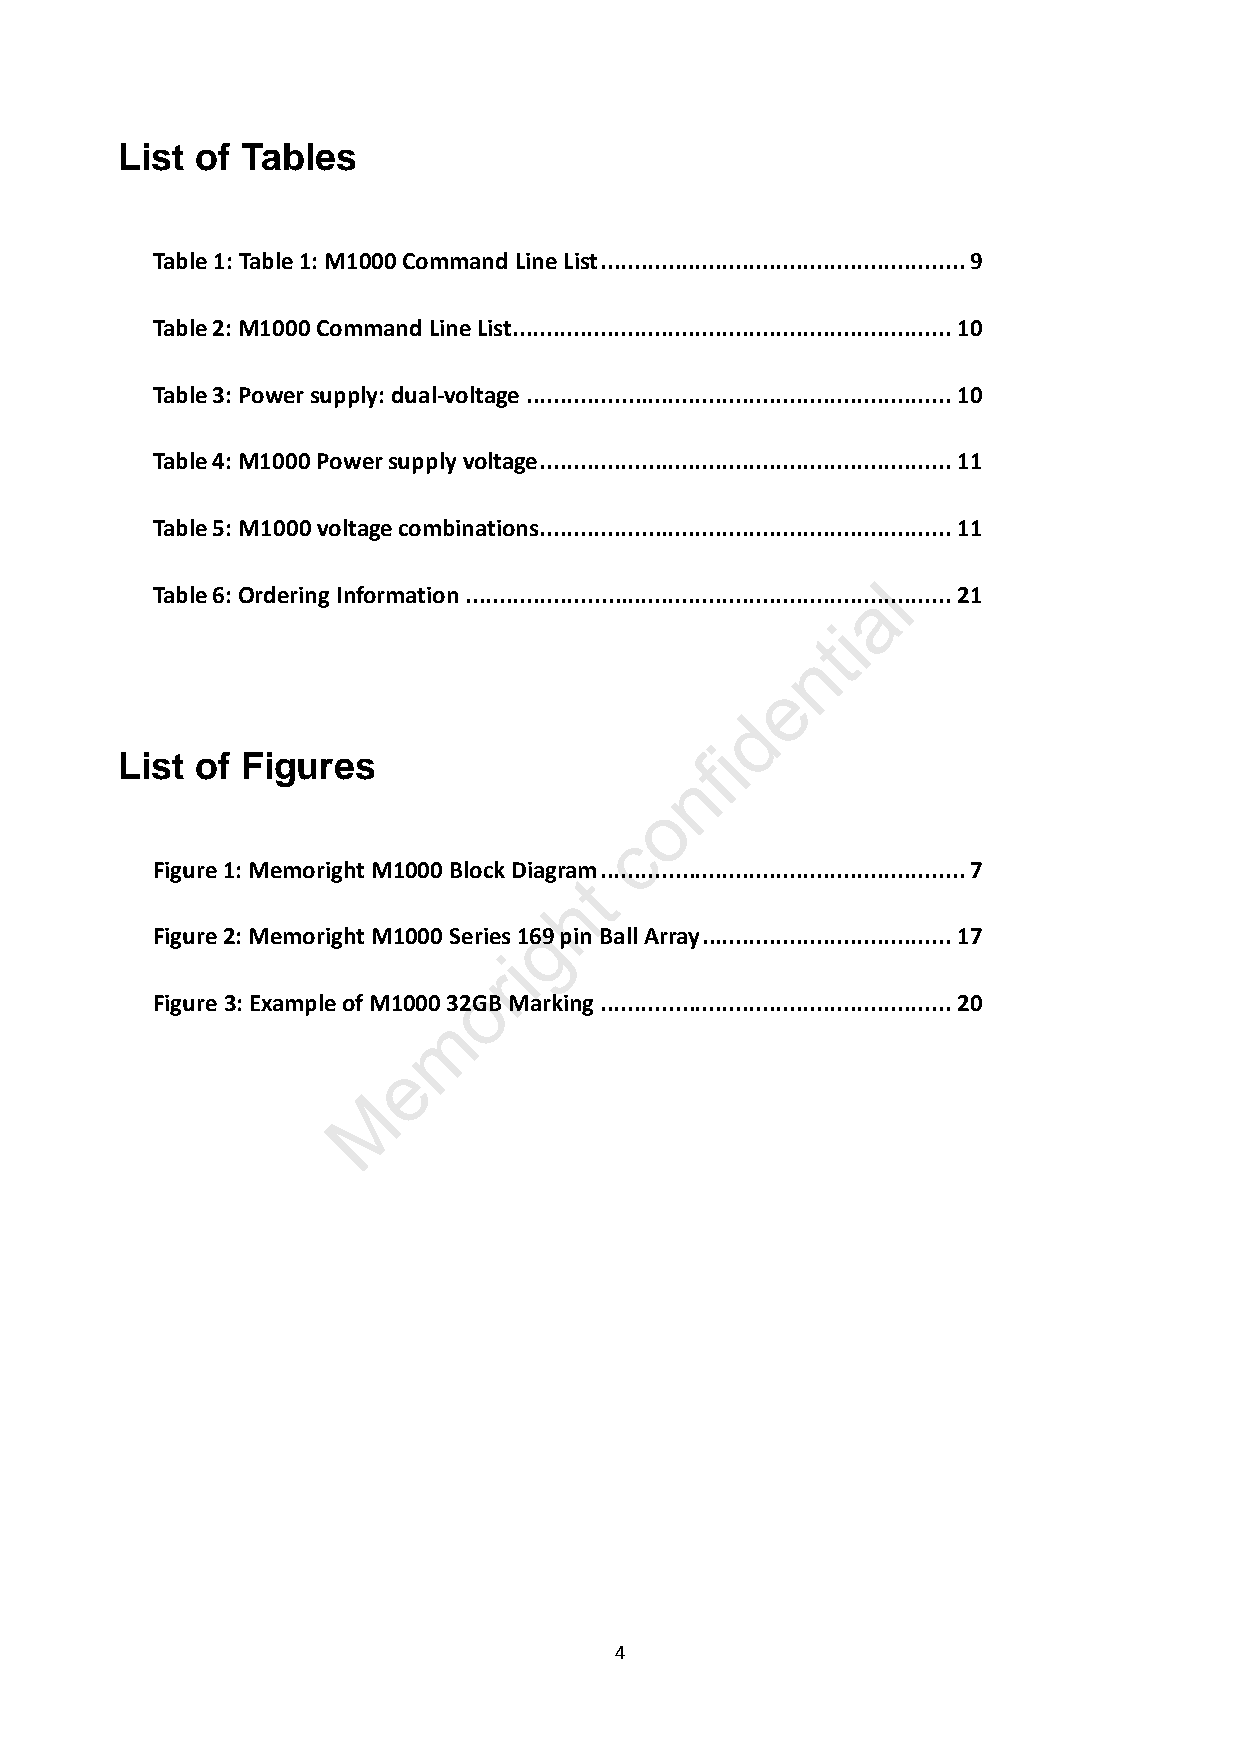
List of Tables
 Table 1: Table 1: M1000 Command Line List......................................................9
 Table 2: M1000 Command Line List.................................................................10
 Table 3: Power supply: dual-voltage ...............................................................10
 Table 4: M1000 Power supply voltage.............................................................11
 Table 5: M1000 voltage combinations.............................................................11
 l
 Table 6: Ordering Information...........................................................a.............21
 i
 t
 n
 e
 d
 i
 List of Figures                       f
 n
 o
 c
 Figure 1: Memoright M1000 Block Diagram ......................................................7
 t
 h
 g
 Figure 2: Memoright M1000 Series 169 pin Ball Array.....................................17
 i
 r
 o
 Figure 3: Example of M1000 32GB Marking....................................................20
 m
 e
 M
 4